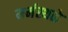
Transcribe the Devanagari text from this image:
मर्मस्थळे